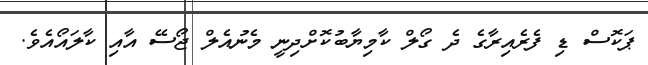
ޕަކޮސް ޑި ފެރެއިރާގެ ދެ ގޯލް ކާމިޔާބުކޮށްދިނީ މެނުއެލް ޖޯސޭ އާއި ކާލައޯއެވެ.